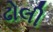
ઢોલી